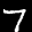
Label: 7